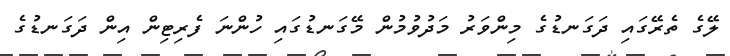
ލޭގެ ތެރޭގައި ދަގަނޑުގެ މިންވަރު މަދުވުމުން މޭގަނޑުގައި ހުންނަ ފެރިޓިން އިން ދަގަނޑުގެ